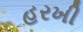
હરખી